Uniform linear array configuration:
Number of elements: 8
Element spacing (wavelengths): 0.5
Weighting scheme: kaiser
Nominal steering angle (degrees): -45
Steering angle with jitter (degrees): -46.158
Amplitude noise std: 0.05
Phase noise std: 0.05

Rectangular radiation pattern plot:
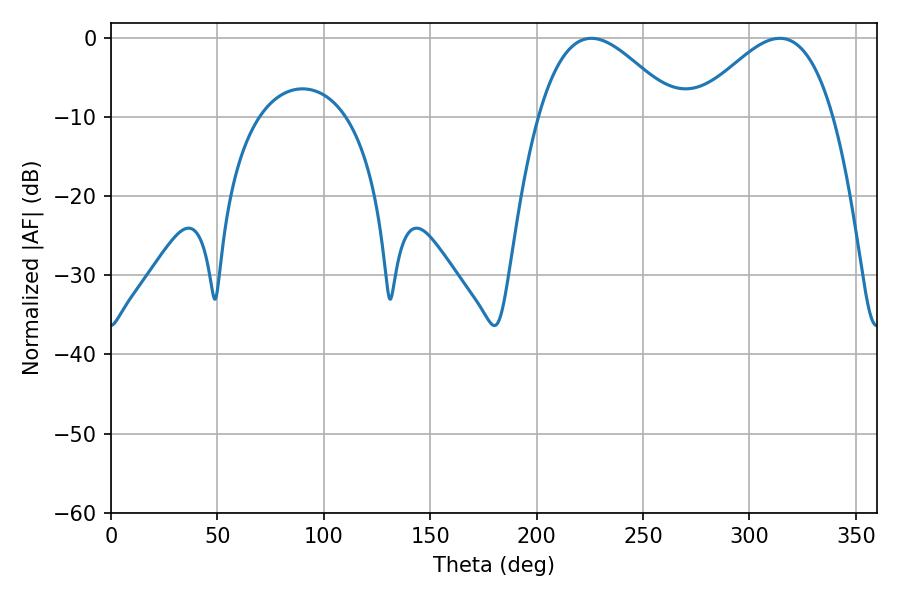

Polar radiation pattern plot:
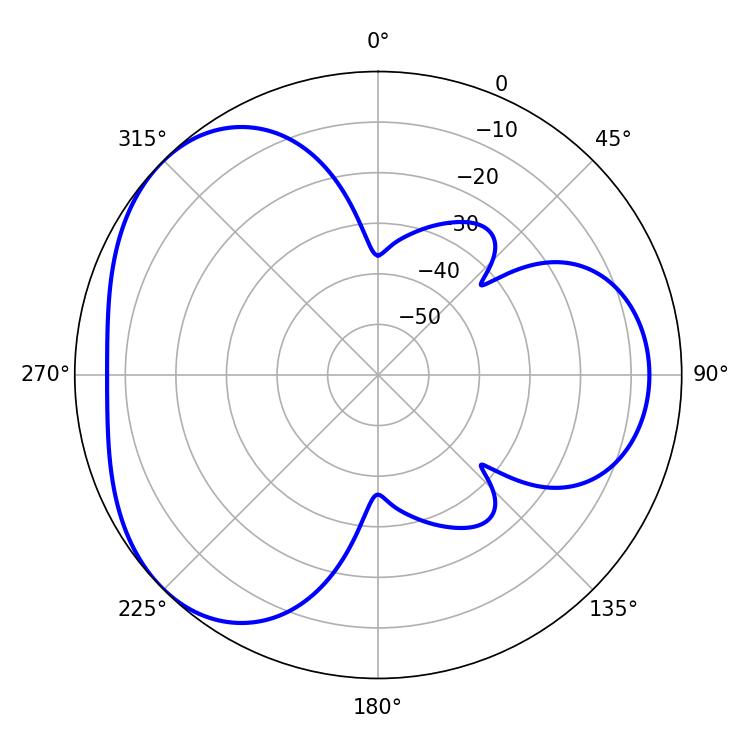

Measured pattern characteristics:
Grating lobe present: FALSE
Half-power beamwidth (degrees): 35.28
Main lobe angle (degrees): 225.72